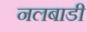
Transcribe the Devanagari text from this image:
नलबाडी